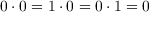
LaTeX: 0 \cdot 0 = 1 \cdot 0 = 0 \cdot 1 = 0